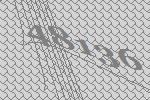
48136